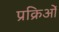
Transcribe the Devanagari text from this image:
प्रक्रिओं